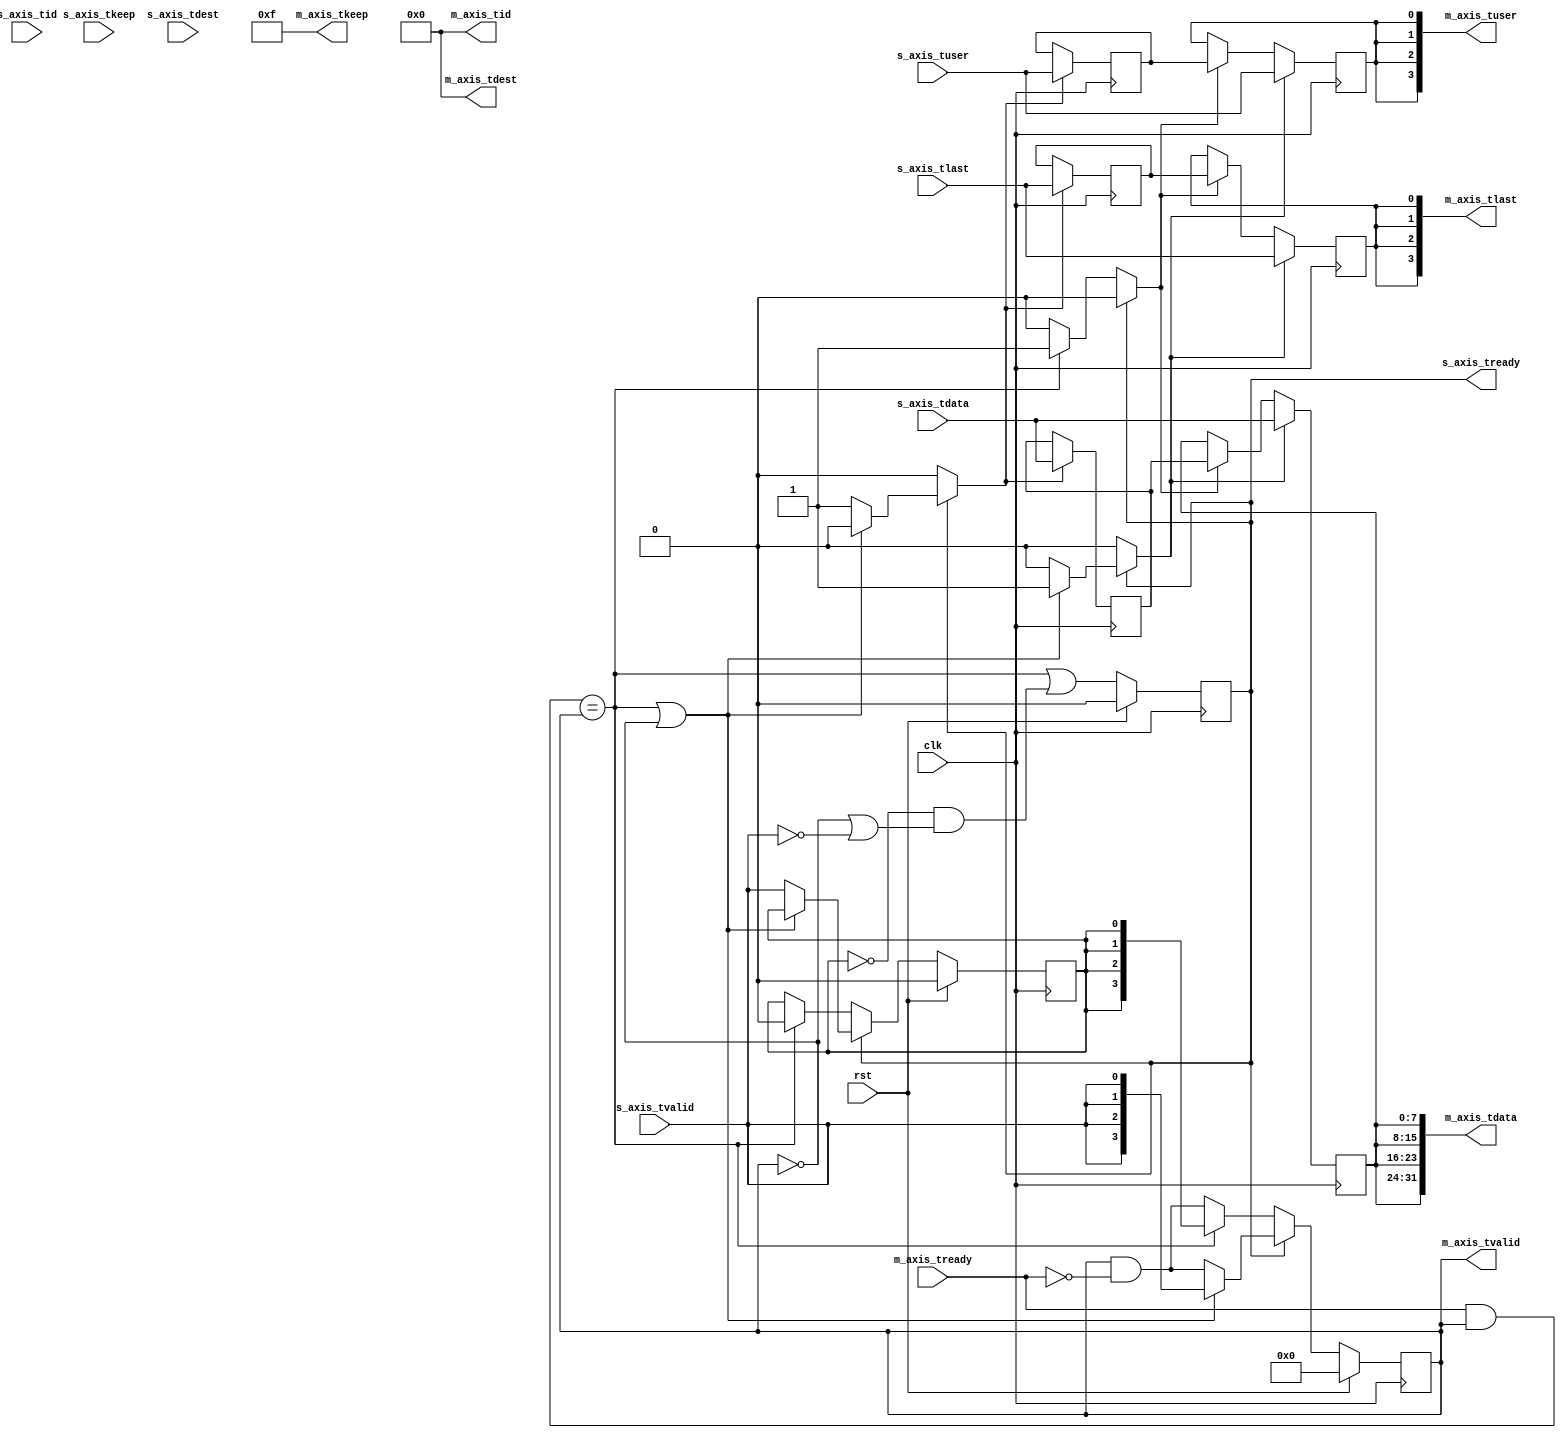
module axis_broadcast #
(
    // Number of AXI stream outputs
    parameter M_COUNT = 4,
    // Width of AXI stream interfaces in bits
    parameter DATA_WIDTH = 8,
    // Propagate tkeep signal
    parameter KEEP_ENABLE = (DATA_WIDTH>8),
    // tkeep signal width (words per cycle)
    parameter KEEP_WIDTH = (DATA_WIDTH/8),
    // Propagate tlast signal
    parameter LAST_ENABLE = 1,
    // Propagate tid signal
    parameter ID_ENABLE = 0,
    // tid signal width
    parameter ID_WIDTH = 8,
    // Propagate tdest signal
    parameter DEST_ENABLE = 0,
    // tdest signal width
    parameter DEST_WIDTH = 8,
    // Propagate tuser signal
    parameter USER_ENABLE = 1,
    // tuser signal width
    parameter USER_WIDTH = 1
)
(
    input  wire                          clk,
    input  wire                          rst,
    /*
     */
    input  wire [DATA_WIDTH-1:0]         s_axis_tdata,
    input  wire [KEEP_WIDTH-1:0]         s_axis_tkeep,
    input  wire                          s_axis_tvalid,
    output wire                          s_axis_tready,
    input  wire                          s_axis_tlast,
    input  wire [ID_WIDTH-1:0]           s_axis_tid,
    input  wire [DEST_WIDTH-1:0]         s_axis_tdest,
    input  wire [USER_WIDTH-1:0]         s_axis_tuser,
    /*
     */
    output wire [M_COUNT*DATA_WIDTH-1:0] m_axis_tdata,
    output wire [M_COUNT*KEEP_WIDTH-1:0] m_axis_tkeep,
    output wire [M_COUNT-1:0]            m_axis_tvalid,
    input  wire [M_COUNT-1:0]            m_axis_tready,
    output wire [M_COUNT-1:0]            m_axis_tlast,
    output wire [M_COUNT*ID_WIDTH-1:0]   m_axis_tid,
    output wire [M_COUNT*DEST_WIDTH-1:0] m_axis_tdest,
    output wire [M_COUNT*USER_WIDTH-1:0] m_axis_tuser
);
parameter CL_M_COUNT = $clog2(M_COUNT);
// datapath registers
reg s_axis_tready_reg = 1'b0, s_axis_tready_next;
reg [DATA_WIDTH-1:0] m_axis_tdata_reg  = {DATA_WIDTH{1'b0}};
reg [KEEP_WIDTH-1:0] m_axis_tkeep_reg  = {KEEP_WIDTH{1'b0}};
reg [M_COUNT-1:0]    m_axis_tvalid_reg = {M_COUNT{1'b0}}, m_axis_tvalid_next;
reg                  m_axis_tlast_reg  = 1'b0;
reg [ID_WIDTH-1:0]   m_axis_tid_reg    = {ID_WIDTH{1'b0}};
reg [DEST_WIDTH-1:0] m_axis_tdest_reg  = {DEST_WIDTH{1'b0}};
reg [USER_WIDTH-1:0] m_axis_tuser_reg  = {USER_WIDTH{1'b0}};
reg [DATA_WIDTH-1:0] temp_m_axis_tdata_reg  = {DATA_WIDTH{1'b0}};
reg [KEEP_WIDTH-1:0] temp_m_axis_tkeep_reg  = {KEEP_WIDTH{1'b0}};
reg                  temp_m_axis_tvalid_reg = 1'b0, temp_m_axis_tvalid_next;
reg                  temp_m_axis_tlast_reg  = 1'b0;
reg [ID_WIDTH-1:0]   temp_m_axis_tid_reg    = {ID_WIDTH{1'b0}};
reg [DEST_WIDTH-1:0] temp_m_axis_tdest_reg  = {DEST_WIDTH{1'b0}};
reg [USER_WIDTH-1:0] temp_m_axis_tuser_reg  = {USER_WIDTH{1'b0}};
reg store_axis_input_to_output;
reg store_axis_input_to_temp;
reg store_axis_temp_to_output;
assign s_axis_tready = s_axis_tready_reg;
assign m_axis_tdata  = {M_COUNT{m_axis_tdata_reg}};
assign m_axis_tkeep  = KEEP_ENABLE ? {M_COUNT{m_axis_tkeep_reg}} : {M_COUNT*KEEP_WIDTH{1'b1}};
assign m_axis_tvalid = m_axis_tvalid_reg;
assign m_axis_tlast  = LAST_ENABLE ? {M_COUNT{m_axis_tlast_reg}} : {M_COUNT{1'b1}};
assign m_axis_tid    = ID_ENABLE   ? {M_COUNT{m_axis_tid_reg}}   : {M_COUNT*ID_WIDTH{1'b0}};
assign m_axis_tdest  = DEST_ENABLE ? {M_COUNT{m_axis_tdest_reg}} : {M_COUNT*DEST_WIDTH{1'b0}};
assign m_axis_tuser  = USER_ENABLE ? {M_COUNT{m_axis_tuser_reg}} : {M_COUNT*USER_WIDTH{1'b0}};
// enable ready input next cycle if output is ready or the temp reg will not be filled on the next cycle (output reg empty or no input)
wire s_axis_tready_early = ((m_axis_tready & m_axis_tvalid) == m_axis_tvalid) || (!temp_m_axis_tvalid_reg && (!m_axis_tvalid || !s_axis_tvalid));
always @* begin
    // transfer sink ready state to source
    m_axis_tvalid_next = m_axis_tvalid_reg & ~m_axis_tready;
    temp_m_axis_tvalid_next = temp_m_axis_tvalid_reg;
    store_axis_input_to_output = 1'b0;
    store_axis_input_to_temp = 1'b0;
    store_axis_temp_to_output = 1'b0;
    if (s_axis_tready_reg) begin
        // input is ready
        if (((m_axis_tready & m_axis_tvalid) == m_axis_tvalid) || !m_axis_tvalid) begin
            // output is ready or currently not valid, transfer data to output
            m_axis_tvalid_next = {M_COUNT{s_axis_tvalid}};
            store_axis_input_to_output = 1'b1;
        end else begin
            // output is not ready, store input in temp
            temp_m_axis_tvalid_next = s_axis_tvalid;
            store_axis_input_to_temp = 1'b1;
        end
    end else if ((m_axis_tready & m_axis_tvalid) == m_axis_tvalid) begin
        // input is not ready, but output is ready
        m_axis_tvalid_next = {M_COUNT{temp_m_axis_tvalid_reg}};
        temp_m_axis_tvalid_next = 1'b0;
        store_axis_temp_to_output = 1'b1;
    end
end
always @(posedge clk) begin
    if (rst) begin
        s_axis_tready_reg <= 1'b0;
        m_axis_tvalid_reg <= {M_COUNT{1'b0}};
        temp_m_axis_tvalid_reg <= {M_COUNT{1'b0}};
    end else begin
        s_axis_tready_reg <= s_axis_tready_early;
        m_axis_tvalid_reg <= m_axis_tvalid_next;
        temp_m_axis_tvalid_reg <= temp_m_axis_tvalid_next;
    end
    // datapath
    if (store_axis_input_to_output) begin
        m_axis_tdata_reg <= s_axis_tdata;
        m_axis_tkeep_reg <= s_axis_tkeep;
        m_axis_tlast_reg <= s_axis_tlast;
        m_axis_tid_reg   <= s_axis_tid;
        m_axis_tdest_reg <= s_axis_tdest;
        m_axis_tuser_reg <= s_axis_tuser;
    end else if (store_axis_temp_to_output) begin
        m_axis_tdata_reg <= temp_m_axis_tdata_reg;
        m_axis_tkeep_reg <= temp_m_axis_tkeep_reg;
        m_axis_tlast_reg <= temp_m_axis_tlast_reg;
        m_axis_tid_reg   <= temp_m_axis_tid_reg;
        m_axis_tdest_reg <= temp_m_axis_tdest_reg;
        m_axis_tuser_reg <= temp_m_axis_tuser_reg;
    end
    if (store_axis_input_to_temp) begin
        temp_m_axis_tdata_reg <= s_axis_tdata;
        temp_m_axis_tkeep_reg <= s_axis_tkeep;
        temp_m_axis_tlast_reg <= s_axis_tlast;
        temp_m_axis_tid_reg   <= s_axis_tid;
        temp_m_axis_tdest_reg <= s_axis_tdest;
        temp_m_axis_tuser_reg <= s_axis_tuser;
    end
end
endmodule